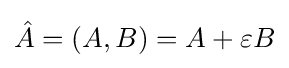
{\hat {A}}=(A,B)=A+\varepsilon B